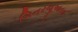
બિનરજૂઆતના